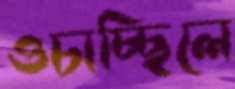
ওচাচ্ছিলে